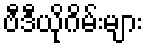
ဗီဒီယိုဂိမ်းများ